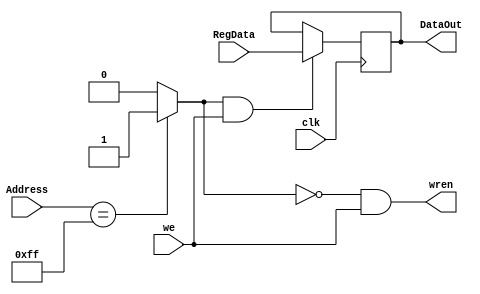
//SW 
module SW (input[7:0] RegData, Address, input clk, we, output wren, output reg[7:0] DataOut);
wire a;
wire b;

assign a = (Address== 8'hFF )?1:0;
assign b = a & we;
assign wren = ~a & we;

	always@(posedge clk)
		begin
			if(b == 1)
				DataOut = RegData;
		end
endmodule